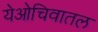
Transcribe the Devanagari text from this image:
येओचिवातल